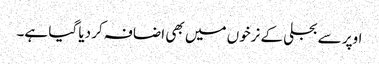
اوپر سے بجلی کے نرخوں میں بھی اضافہ کر دیا گیا ہے۔